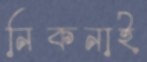
নিকনাই